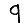
Digit: 9